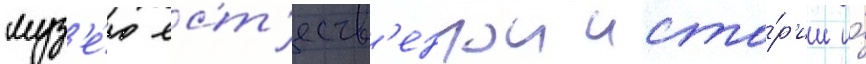
муз'е́ю ест'еств'еннои исто́р'ии и́